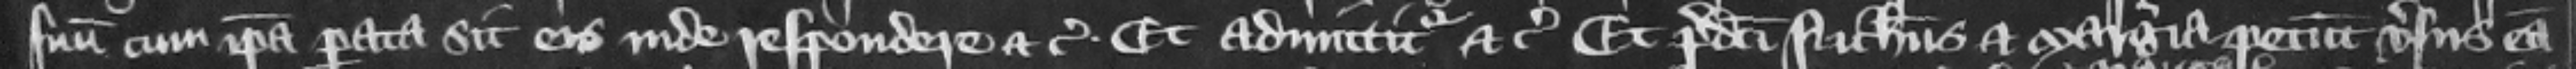
suum cum ipsa parata sit eis inde respondere etc. Et admittitur etc. Et predicti Nicholaus et Margeria petunt versus eam